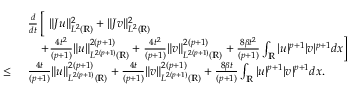
\begin{array} { r l } & { \frac { d } { d t } \left[ \ \| J u \| _ { L ^ { 2 } ( \mathbb { R } ) } ^ { 2 } + \| J v \| _ { L ^ { 2 } ( \mathbb { R } ) } ^ { 2 } \right. } \\ & { \left. \quad + \frac { 4 t ^ { 2 } } { ( p + 1 ) } \| u \| _ { L ^ { 2 ( p + 1 ) } ( \mathbb { R } ) } ^ { 2 ( p + 1 ) } + \frac { 4 t ^ { 2 } } { ( p + 1 ) } \| v \| _ { L ^ { 2 ( p + 1 ) } ( \mathbb { R } ) } ^ { 2 ( p + 1 ) } + \frac { 8 \beta t ^ { 2 } } { ( p + 1 ) } \int _ { \mathbb { R } } | u | ^ { p + 1 } | v | ^ { p + 1 } d x \right] } \\ { \leq \ } & { \frac { 4 t } { ( p + 1 ) } \| u \| _ { L ^ { 2 ( p + 1 ) } ( \mathbb { R } ) } ^ { 2 ( p + 1 ) } + \frac { 4 t } { ( p + 1 ) } \| v \| _ { L ^ { 2 ( p + 1 ) } ( \mathbb { R } ) } ^ { 2 ( p + 1 ) } + \frac { 8 \beta t } { ( p + 1 ) } \int _ { \mathbb { R } } | u | ^ { p + 1 } | v | ^ { p + 1 } d x . } \end{array}